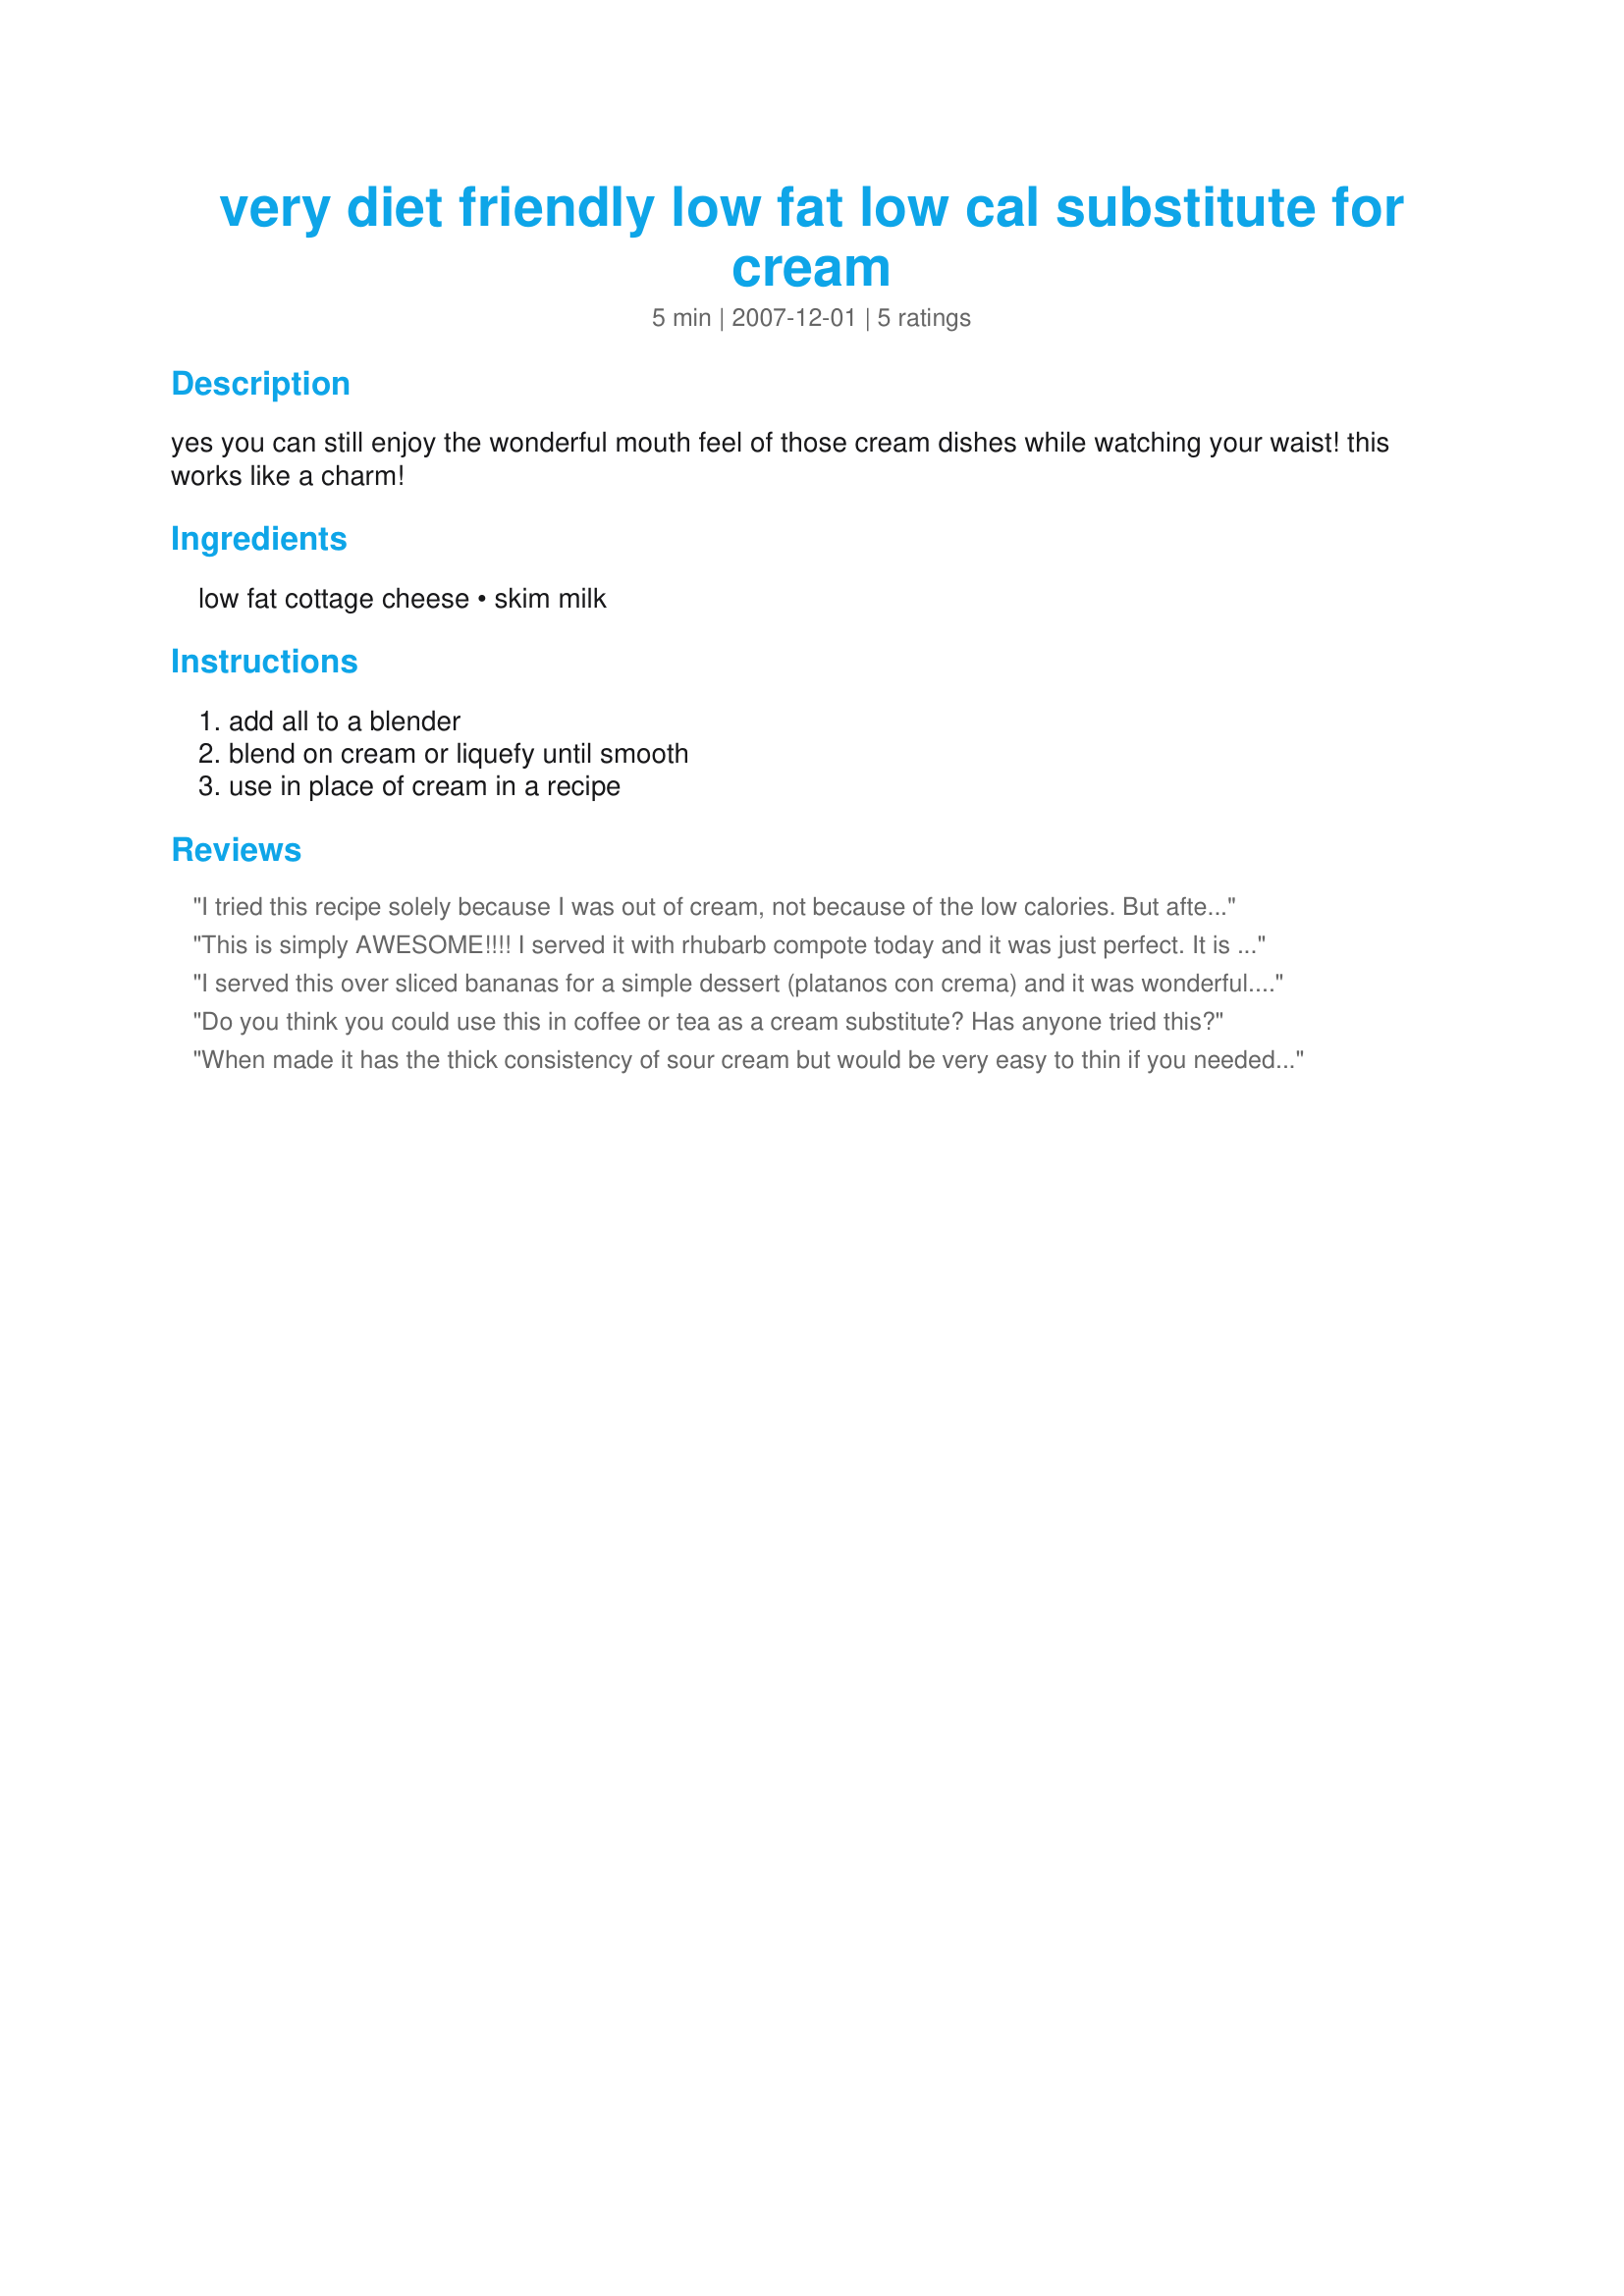
very diet friendly low fat low cal substitute for cream
Preparation time: 5 minutes

yes you can still enjoy the wonderful mouth feel of those cream dishes while watching your waist! this works like a charm!

Ingredients:
low fat cottage cheese, skim milk

Steps:
add all to a blender, blend on cream or liquefy until smooth, use in place of cream in a recipe

Reviews:
I tried this recipe solely because I was out of cream, not because of the low calories. But after tasting how great it is, I think I will definitely be making and using this substitute more often in order to help reduce calories. It worked perfectly in my favorite ranch dressing. Thanks!
This is simply AWESOME!!!! I served it with rhubarb compote today and it was just perfect. It is nice and thick just like real cream and tastes great, too. I will surely try this on many other things (like berries, cobblers, pies, etc.)as well and I would also luv to use it for baking. This is a real winner, mama's kitchen! Thanks so much for sharing it with us!
Made and reviewed for Bevy Tag May 09.
I served this over sliced bananas for a simple dessert (platanos con crema) and it was wonderful. I can't wait to try this on more things! Thank you for posting Mama! Made for Bev Tag.
Do you think you could use this in coffee or tea as a cream substitute? Has anyone tried this?
When made it has the thick consistency of sour cream but would be very easy to thin if you needed it to be pourable. It retains the cottage flavor but I don't think that it's a problem. I used some straight from the food processor as a taste test on mixed berries. It was very good. If you added some Splenda and vanilla this would be a marvelous dessert topping. I can't wait to try it in a recipe :D
